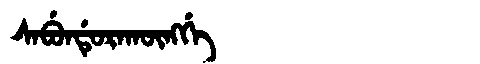
Manchu: ᠰᠠᠪᡠᠨᡩᡠᡵᠠᡴᡡᠩᡤᡝ
Romanization: SABUNDURAKŪNGGE